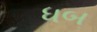
ધબ